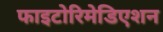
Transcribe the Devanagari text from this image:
फाइटोरिमेडिएशन